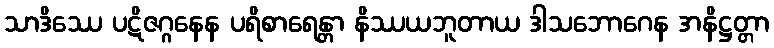
သာဒိဿေ ပဋိဇဂ္ဂနေန ပရိစာရေန္တာ နိဿယဘူတာယ ဒါသဘောဂေန အနိဋ္ဌတ္တာ